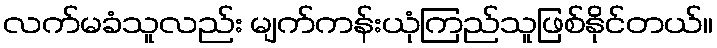
လက်မခံသူလည်း မျက်ကန်းယုံကြည်သူဖြစ်နိုင်တယ်။